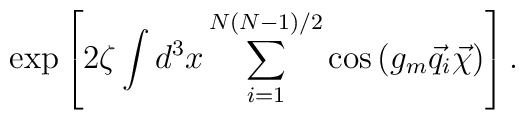
\exp\left[2\zeta\int d^3x\sum\limits_{i=1}^{N(N-1)/2}\cos\left(g_m\vec q_i\vec\chi\right)\right].